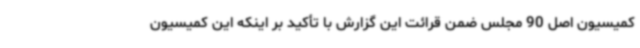
کمیسیون اصل 90 مجلس ضمن قرائت این گزارش با تأکید بر اینکه این کمیسیون